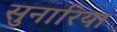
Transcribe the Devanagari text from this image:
सुनारिया